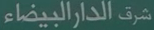
شرق-الدار-البيضاء